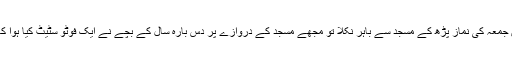
میں ایک دن جمعہ کی نماز پڑھ کے مسجد سے باہر نکلا تو مجھے مسجد کے دروازے پر دس بارہ سال کے بچے نے ایک فوٹو سٹیٹ کیا ہوا کاغذ تھما دیا۔